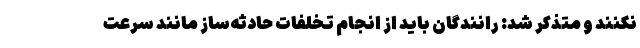
نکنند و متذکر شد: رانندگان باید از انجام تخلفات حادثه‌ساز مانند سرعت